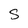
Character: s